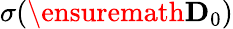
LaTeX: \sigma(\ensuremath{\mathbf{D}}_{0})